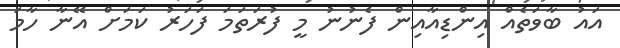
އައު ބާވަތެއް އިންޑިއާއިން ފެނުނު މީ ފުރަތަމަ ފަހަރު ކަމަށް އޭނާ ހާމަ